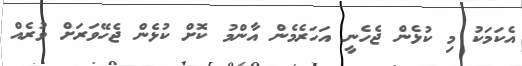
އެކަމަކު މި ކުޅެން ޖެހެނީ އަހަރެމެން އާންމު ކޮށް ކުޅެން ޖެހޭވަރަށް ވުރެއް